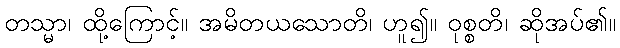
တသ္မာ၊ ထို့ကြောင့်။ အမိတယသောတိ၊ ဟူ၍။ ဝုစ္စတိ၊ ဆိုအပ်၏။